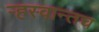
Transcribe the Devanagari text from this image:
ऱ्हस्वान्तच